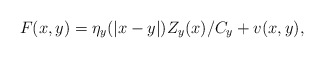
\begin{align*} F(x,y)=\eta_y(|x-y|) Z_y(x)/C_y +v(x,y), \end{align*}